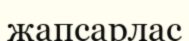
жапсарлас